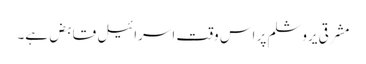
مشرقی یروشلم پر اس وقت اسرائیل قابض ہے۔